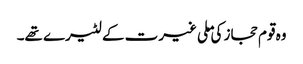
وہ قوم حجاز کی ملی غیرت کے لٹیرے تھے۔